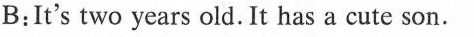
B:It's two years old. It has a cute son.